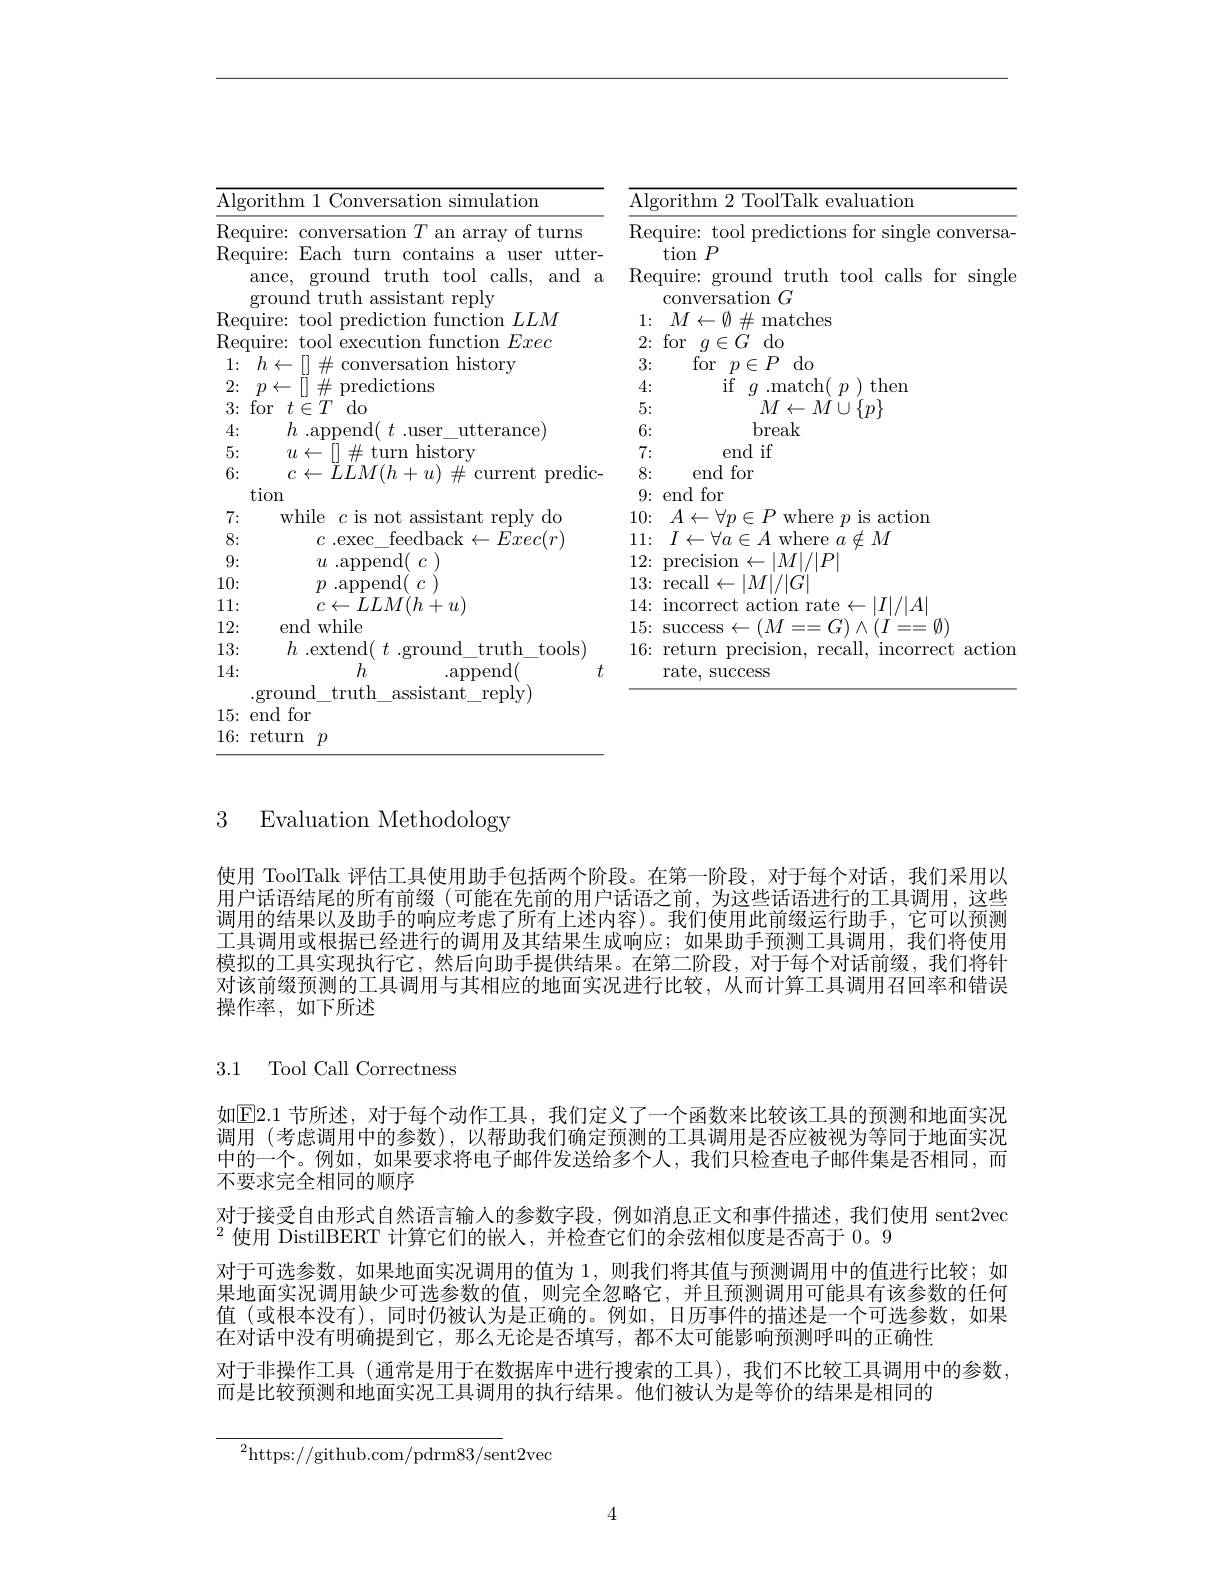
<table>
	<tbody>
		<tr>
			<th>$\overline{\mathrm{Algor}}$</th>
			<th>ithm 1 Conversation simulation</th>
			<th>Algorithm 2 ToolTalk evaluation</th>
		</tr>
		<tr>
			<td>Requ $g$</td>
			<td>re: Each turn contains a user utter- nce, ground truth tool calls, and a ound truth assistant reply</td>
			<td>$\operatorname{tion}P$ Require: ground truth tool calls for sing conversation $G$</td>
		</tr>
		<tr>
			<td>Requ</td>
			<td>tool prediction function $LLM$ </td>
			<td> $\textcircled{1}$ les</td>
		</tr>
		<tr>
			<td> </td>
			<td>$F_{c}rer$</td>
			<td>$1\in I_{x}^{\prime}$ $d_{r}$</td>
		</tr>
		<tr>
			<td>1 7 1</td>
			<td>$h\dot{\text{ic}}$ storv</td>
			<td>$ar$ $n\in P$ $\mathrm{d}_{0}$</td>
		</tr>
		<tr>
			<td> 1</td>
			<td>$w$ $m\varsigma$</td>
			<td> </td>
		</tr>
		<tr>
			<td> </td>
			<td> </td>
			<td> </td>
		</tr>
		<tr>
			<td>VI 4 </td>
			<td>nd/ 1180 tterance</td>
			<td> break</td>
		</tr>
		<tr>
			<td>5</td>
			<td>historv</td>
			<td>$f$</td>
		</tr>
		<tr>
			<td>6:</td>
			<td>1.1.1// $\eta\iota$ nredic $f:$ clirrent</td>
			<td>8: end for</td>
		</tr>
		<tr>
			<td>ti</td>
			<td>0n</td>
			<td>9: end for</td>
		</tr>
		<tr>
			<td>7:</td>
			<td>while $c$ is not assistant reply do</td>
			<td>$\lfloor0:$ $A$ action 1 $\mathbf{x}\boldsymbol{r}\mathbf{h}\boldsymbol{e}$ IS</td>
		</tr>
		<tr>
			<td>8:</td>
			<td>feedback$\leftarrow Exec(r)$ $c.$exec</td>
			<td>$:M$ 1 L 4</td>
		</tr>
		<tr>
			<td>9:</td>
			<td>$u$ .append( $c$</td>
			<td>$|M|/|P$</td>
		</tr>
		<tr>
			<td>10:</td>
			<td>$\operatorname{md}($ $c$ )</td>
			<td> $|M|/|G$</td>
		</tr>
		<tr>
			<td>11:</td>
			<td>$c\leftarrow LLM(h+u)$</td>
			<td>$计1$ $\|/\|A$</td>
		</tr>
		<tr>
			<td>12:</td>
			<td>end while</td>
			<td>$(M$ $\textcircled{7}$</td>
		</tr>
		<tr>
			<td>13:</td>
			<td>$h$.extend( $t$ .ground truth tools</td>
			<td></td>
		</tr>
		<tr>
			<td>14: $.g$ 15: </td>
			<td>$h$ .append( round truth $\underline{\mathrm{assistant}}\underline{\mathrm{reply}})$ $1dfor$</td>
			<td>rate, success</td>
		</tr>
	</tbody>
</table>

$16\colon$ return $p$

3 Evaluation Methodology

使用 ToolTalk 评估工具使用助手包括两个阶段。在第一阶段，对于每个对话，我们采用以用户话语结尾的所有前缀(可能在先前的用户话语之前，为这些话语进行的工具调用，这些调用的结果以及助手的响应考虑了所有上述内容)。我们使用此前缀运行助手，它可以预测工具调用或根据已经进行的调用及其结果生成响应；如果助手预测工具调用，我们将使用模拟的工具实现执行它，然后向助手提供结果。在第二阶段，对于每个对话前缀，我们将针对该前缀预测的工具调用与其相应的地面实况进行比较，从而计算工具调用召回率和错误操作率，如下所述

3.1 Tool Call Correctness

如$\overline{\mathrm{E}}$2.1 节所述，对于每个动作工具，我们定义了一个函数来比较该工具的预测和地面实况调用 (考虑调用中的参数),以帮助我们确定预测的工具调用是否应被视为等同于地面实况中的一个。例如，如果要求将电子邮件发送给多个人，我们只检查电子邮件集是否相同，而不要求完全相同的顺序
对于接受自由形式自然语言输人的参数字段，例如消息正文和事件描述，我们使用 sent2vec
$^{2}$使用 DistilBERT 计算它们的嵌人，并检查它们的余弦相似度是否高于0。9
对于可选参数，如果地面实况调用的值为 1,则我们将其值与预测调用中的值进行比较；如果地面实况调用缺少可选参数的值，则完全忽略它，并且预测调用可能具有该参数的任何值(或根本没有),同时仍被认为是正确的。例如，日历事件的描述是一个可选参数，如果在对话中没有明确提到它，那么无论是否填写，都不太可能影响预测呼叫的正确性
对于非操作工具 (通常是用于在数据库中进行搜索的工具),我们不比较工具调用中的参数
而是比较预测和地面实况工具调用的执行结果。他们被认为是等价的结果是相同的

$^{2}$https://github.com/pdrm83/sent2vec